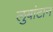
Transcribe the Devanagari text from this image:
लुबांटान